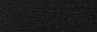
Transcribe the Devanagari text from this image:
निकटस्थता